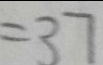
= 3 7